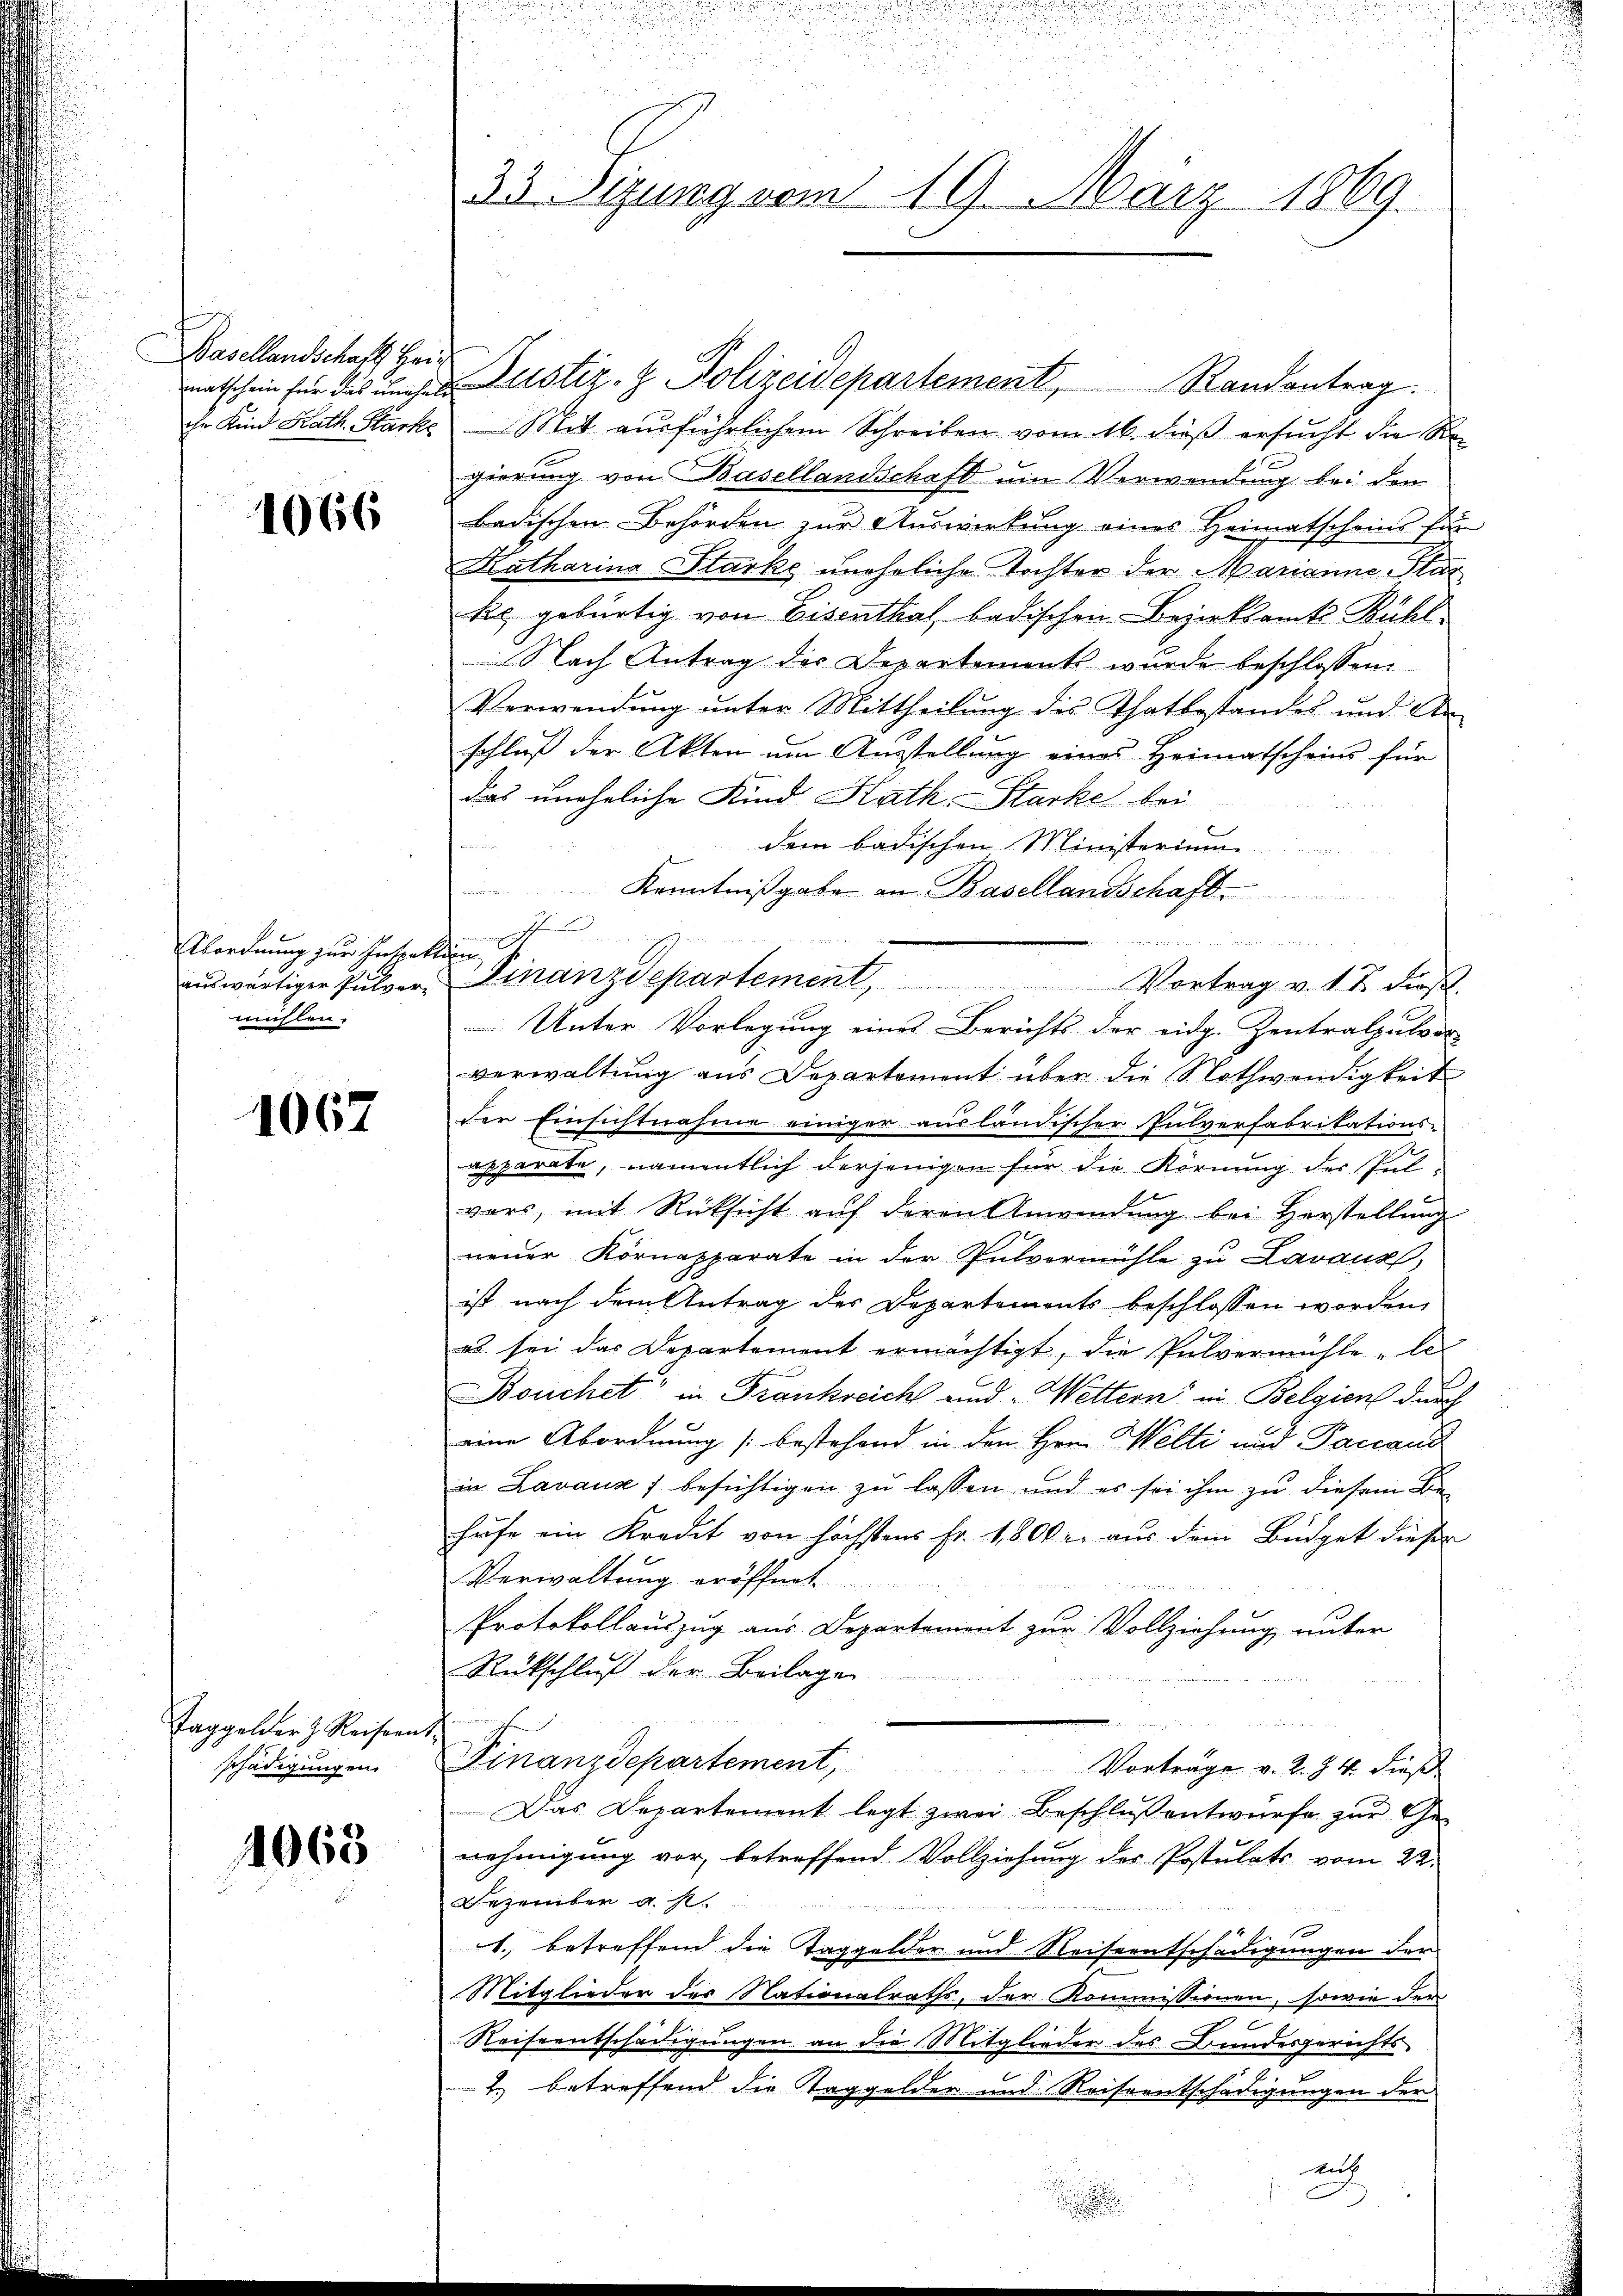
t
Basellandschaft Hei¬

1066

ordnung zur Inspete
mühlen.

1067

Taggelder z. Reisern.
schädigungen

1068

33. Sizung vom 19. März 1869.

in
2

matschein für des ungen Zustiz- & Polizeidepartement, Randantrag.
ihr Kind Kath. Starks - Mit ausführlichem Schreiben vom 16. dieß ersucht die Regierung von Basellandschaft um Verwendung bei den
badischen Behörden zur Auswirkung eines Heimatscheins für
Katharina Starke uneheliche Tochter der Marianne Star
kel gebürtig von Eisenthal badischen Bezirksamt Bühl
Nach Antrag des Departements wurde beschlossen,
Verwendung unter Mittheilung des Thatbestandes und An-
schluß der Akten um Ausstellung eines Heimatscheins für
das uneheliche Kind Kath. Stacke bei
dem badischen Ministerium
Kenntnißgabe an Basellandschaft.

aŭswärtiger Pulver Finanzdepartement, Vortrag v. 17. dieβ.
verwaltung aus Departement über die Nothwendigkeit
der Einsichtnahme einiger ausländischer Pulverfabrikations-
apparate, namentlich derjenigen für die Körnung der Pulvors, mit Rücksicht auf deren Anwendung bei Herstellung
neŭer Kornapparate in der Pulvermühle zŭ Lavaux
ist nach dem Antrag des Departements beschlossen worden,
es sei das Departement ermächtigt, die Pulvermühle „le
Bouchet in Frankreich und Wettern in Belgien durch
eine Abordnung (bestehend in den Hrn. Welti und Pancand
in Lavaux f besichtigen zu lassen und es sei ihm zu diesem Bie
hufe ein Kredit von höchstens Fr. 1800 r. aus dem Büdget diesen
Verwaltung eröffnet
Protokollauszug aus Departement zur Vollziehung unter
Rückschluß der Beilagen
Finanzdepartement,
Vorträge v. 2. §. 4. dieß
Das Departement legt zwei Beschlŭβentwürfe zŭr Ge-
nehmigung vor, betreffend Vollziehung des Postulats vom 22.
Dezember a. s.
1. betreffend die Taggelder und Reiseentschädigungen der
b
Mitglieder der Nationalraths, der Kommissionen, sowie der
7
Reiseentschädigungen an die Mitglieder des Bundesgerichts
12.
2.) betreffend die Taggelder und Reiseentschädigungen der
Auf
2
.

Unter Vorlegung eines Berichts der eidg. Zentralpulver

n